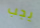
يجب